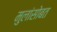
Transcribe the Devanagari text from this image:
मुलांसोबत